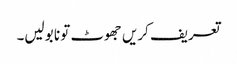
تعریف کریں جھوٹ تو نا بولیں۔